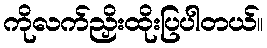
ကိုလက်ညှိးထိုးပြပါတယ်။